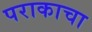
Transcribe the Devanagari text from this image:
पराकाचा